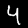
Digit: 4